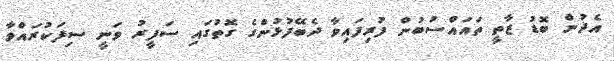
އެދުން ބޮޑު ޒާތީ ތައައްސުބުން ފުރިފައިވާ ދެބޭފުޅުންގެ ގޮތުގައި ސަފީރު ވަނީ ސިފަކުރައްވާ